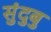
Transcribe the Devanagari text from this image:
सुंदुबु